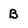
Character: B